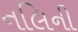
નલિની